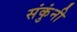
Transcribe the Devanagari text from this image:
संकुंनी